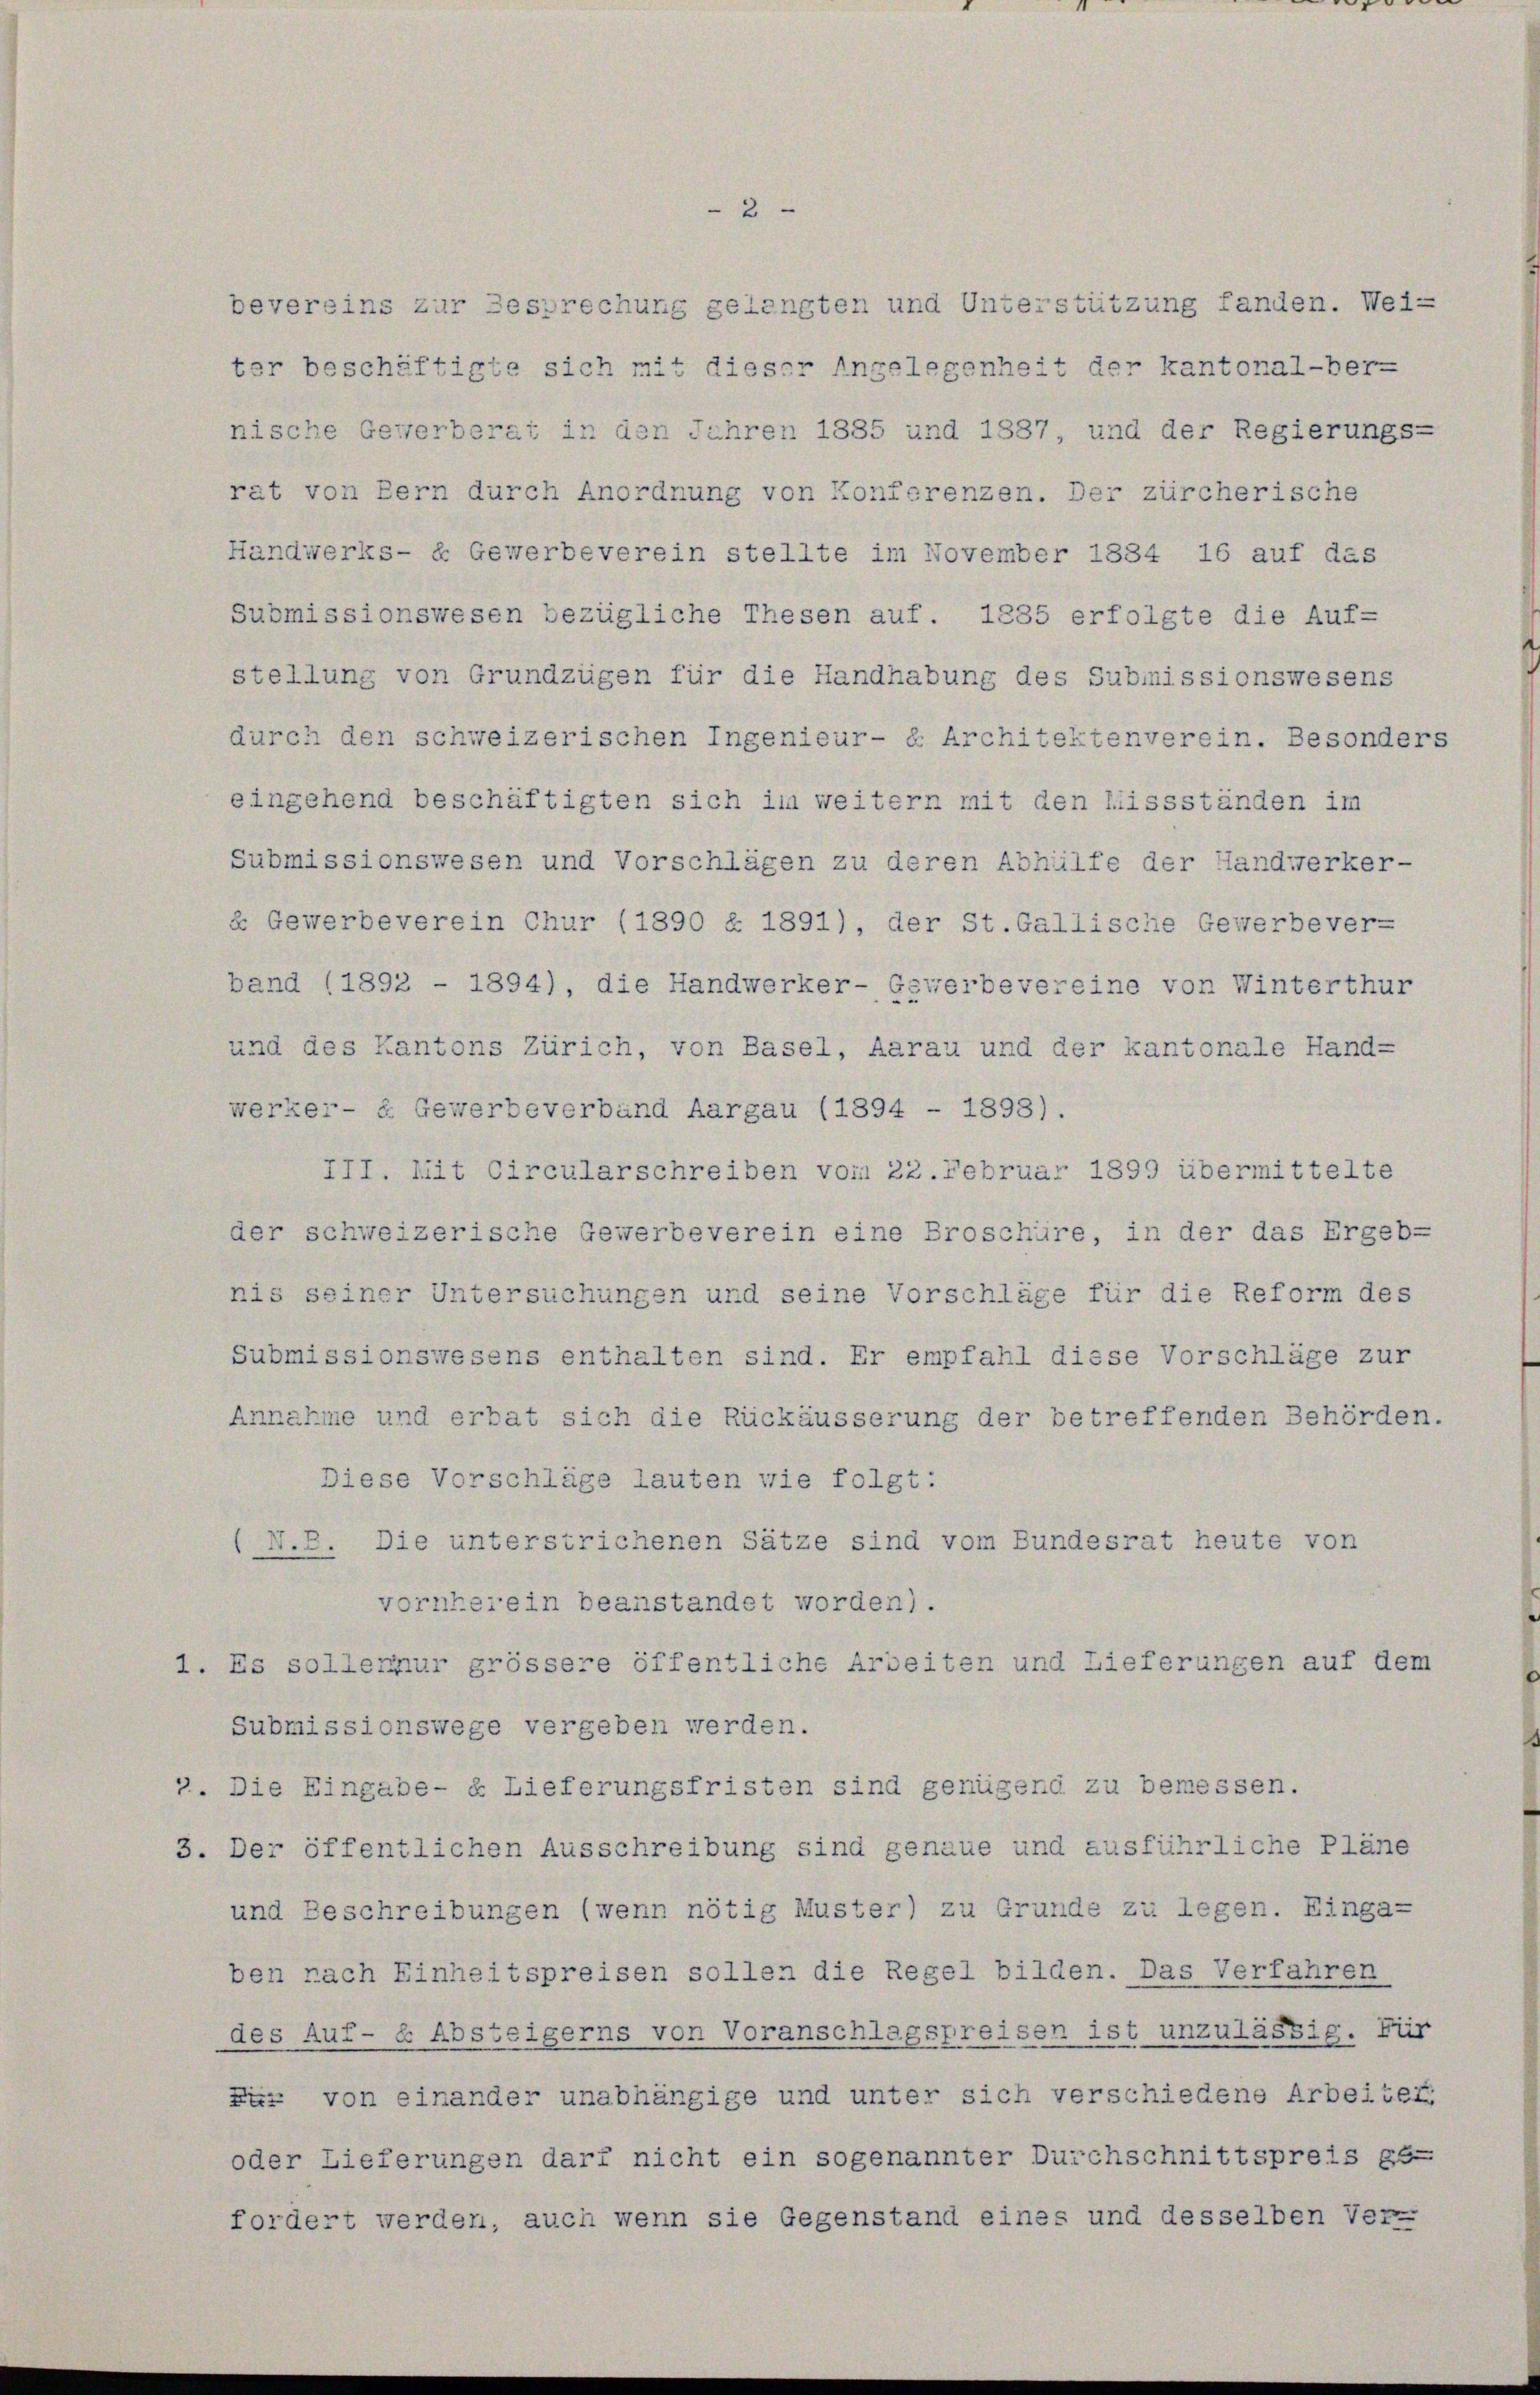
nische Gewerberat in den Jahren 1885 und 1887, und der Regierungs-
rat von Bern durch Anordnung von Konferenzen. Der zürcherische
Handwerks- & Gewerbeverein stellte im November 1834 16 auf das
Submissionswesen bezügliche Thesen auf. 1835 erfolgte die Auf-
stellung von Grundzügen für die Handhabung des Submissionswesens
durch den schweizerischen Ingenieur- & Architektenverein. Besonders
eingehend beschäftigten sich im weitern mit den Missständen im
Submissionswesen und Vorschlägen zu deren Abhülfe der Handwerker-
« Gewerbeverein Chur (1890 § 1891), der St.Gallische Gewerbever-
band (1892 - 1894), die Handwerker- Gewerbevereine von Winterthur
und des Kantons Zürich, von Basel, Aarau und der kantonale Hand-
werker- & Gewerbeverband Aargau (1894 - 1898).
III. Mit Circularschreiben vom 22. Februar 1899 übermittelte
der schweizerische Gewerbeverein eine Broschüre, in der das Ergeb-
nis seiner Untersuchungen und seine Vorschläge für die Reform des
Submissionswesens enthalten sind. Er empfahl diese Vorschläge zur
Annahme und erbat sich die Rückäusserung der betreffenden Behörden.
Diese Vorschläge lauten wie folgt:
(N.B. Die unterstrichenen Sätze sind vom Bundesrat heute von
vornherein beanstandet worden).
1. Es sollensur grössere öffentliche Arbeiten und Lieferungen auf dem
Submissionswege vergeben werden.
". Die Eingabe- u Lieferungsfristen sind genügend zu bemessen.
3. Der öffentlichen Ausschreibung sind genaue und ausführliche Pläne
und Beschreibungen (wenn nötig Muster) zu Grunde zu legen. Einga-
ben nach Einheitspreisen sollen die Regel bilden. Das Verfahren
des Auf- & Absteigerns von Voranschlagspreisen ist unzulässig. Für
Füz von einander unabhängige und unter sich verschiedene Arbeiter
oder Lieferungen darf nicht ein sogenannter Durchschnittspreis ge-
fordert werden, auch wenn sie Gegenstand eines und desselben Ver-

bevereins zur Besprechung gelangten und Unterstützung fanden. Wei-
ter beschäftigte sich mit dieser Angelegenheit der kantonal-ber-